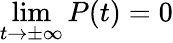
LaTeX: \operatorname*{lim}_{t\to\pm\infty}P(t)=0